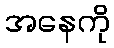
အနေကို